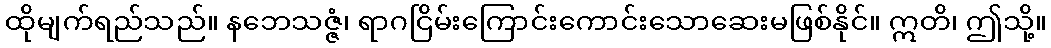
ထိုမျက်ရည်သည်။ နဘေသဇ္ဇံ၊ ရာဂငြိမ်းကြောင်းကောင်းသောဆေးမဖြစ်နိုင်။ ဣတိ၊ ဤသို့။